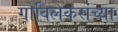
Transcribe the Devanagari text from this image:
गोविलकरांच्या